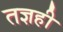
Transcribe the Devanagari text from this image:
तज्ञही